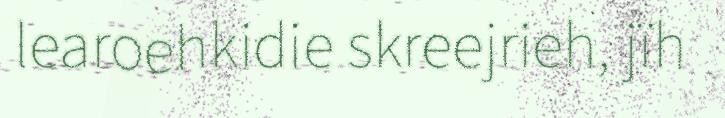
learoehkidie skreejrieh, jïh